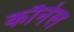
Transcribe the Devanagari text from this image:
कौर्नेल